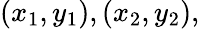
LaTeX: (x_{1},y_{1}),(x_{2},y_{2}),